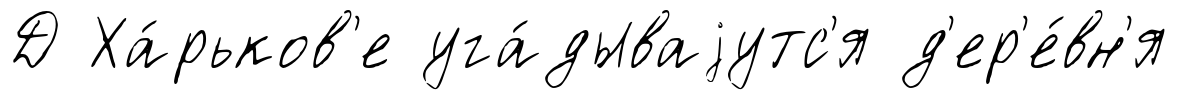
Д Ха́рьков'е уга́дываjутс'я д'ер'е́вн'я